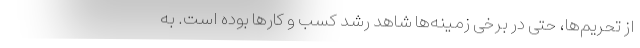
از تحریم‌ها، حتی در برخی زمینه‌ها شاهد رشد کسب و کارها بوده است. به